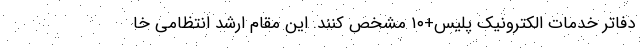
دفاتر خدمات الکترونیک پلیس+۱۰ مشخص کنند. این مقام ارشد انتظامی خا